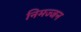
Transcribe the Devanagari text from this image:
निमज्‍जन